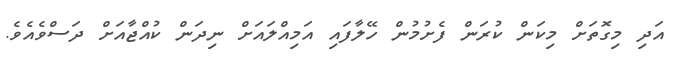
އަދި މިގޮތަށް މިކަން ކުރަން ފެށުމުން ހޭލާފައި އަމިއްލައަށް ނިދަން ކުއްޖާއަށް ދަސްވެއެވެ.